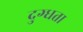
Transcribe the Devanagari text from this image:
दुग्धता